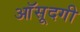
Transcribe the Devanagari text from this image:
आॅसूदगी